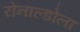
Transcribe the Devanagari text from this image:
रोनाल्डोला